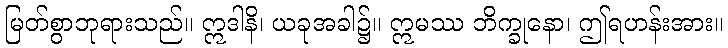
မြတ်စွာဘုရားသည်။ ဣဒါနိ၊ ယခုအခါ၌။ ဣမဿ ဘိက္ခုနော၊ ဤရဟန်းအား။